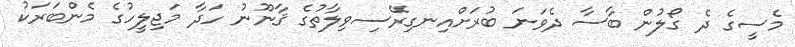
މެސީގެ ދެ ގޯލުން ބާސާ ދެވަނަ ބުރަށްއިނގިރޭސިވިލާތުގެ ޤާނޫނު ހަދާ މަޖިލީހުގެ މެންބަރަކު